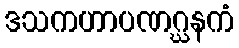
ဒသကဟာပဏဂ္ဃနကံ